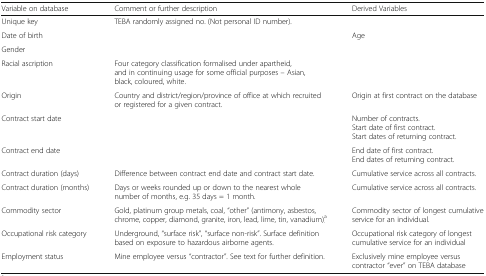
<table><thead><tr><td><b>Variable on database</b></td><td><b>Comment or further description</b></td><td><b>Derived Variables</b></td></tr></thead><tbody><tr><td>Unique key</td><td>TEBA randomly assigned no. (Not personal ID number).</td><td></td></tr><tr><td>Date of birth</td><td></td><td>Age</td></tr><tr><td>Gender</td><td></td><td></td></tr><tr><td>Racial ascription</td><td>Four category classification formalised under apartheid, and in continuing usage for some official purposes – Asian, black, coloured, white.</td><td></td></tr><tr><td>Origin</td><td>Country and district/region/province of office at which recruited or registered for a given contract.</td><td>Origin at first contract on the database</td></tr><tr><td>Contract start date</td><td></td><td>Number of contracts.Start date of first contract.Start dates of returning contract.</td></tr><tr><td>Contract end date</td><td></td><td>End date of first contract.End dates of returning contract.</td></tr><tr><td>Contract duration (days)</td><td>Difference between contract end date and contract start date.</td><td>Cumulative service across all contracts.</td></tr><tr><td>Contract duration (months)</td><td>Days or weeks rounded up or down to the nearest whole number of months, e.g. 35 days = 1 month.</td><td>Cumulative service across all contracts.</td></tr><tr><td>Commodity sector</td><td>Gold, platinum group metals, coal, “other” (antimony, asbestos, chrome, copper, diamond, granite, iron, lead, lime, tin, vanadium)<sup>a</sup><sub>.</sub></td><td>Commodity sector of longest cumulative service for an individual.</td></tr><tr><td>Occupational risk category</td><td>Underground, “surface risk”, “surface non-risk”. Surface definition based on exposure to hazardous airborne agents.</td><td>Occupational risk category of longest cumulative service for an individual</td></tr><tr><td>Employment status</td><td>Mine employee versus “contractor”. See text for further definition.</td><td>Exclusively mine employee versus contractor “ever” on TEBA database</td></tr></tbody></table>